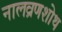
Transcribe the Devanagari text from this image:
नालव्रणशोथ